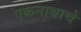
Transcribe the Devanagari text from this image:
एकनाथाचे